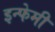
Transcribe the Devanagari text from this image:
इन्फेमी